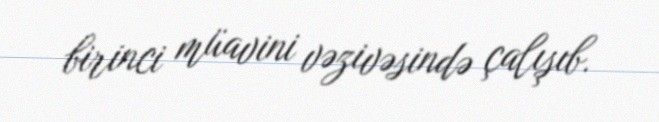
birinci müavini vəzivəsində çalışıb.